Report of the veterinary officer investigating camel disease
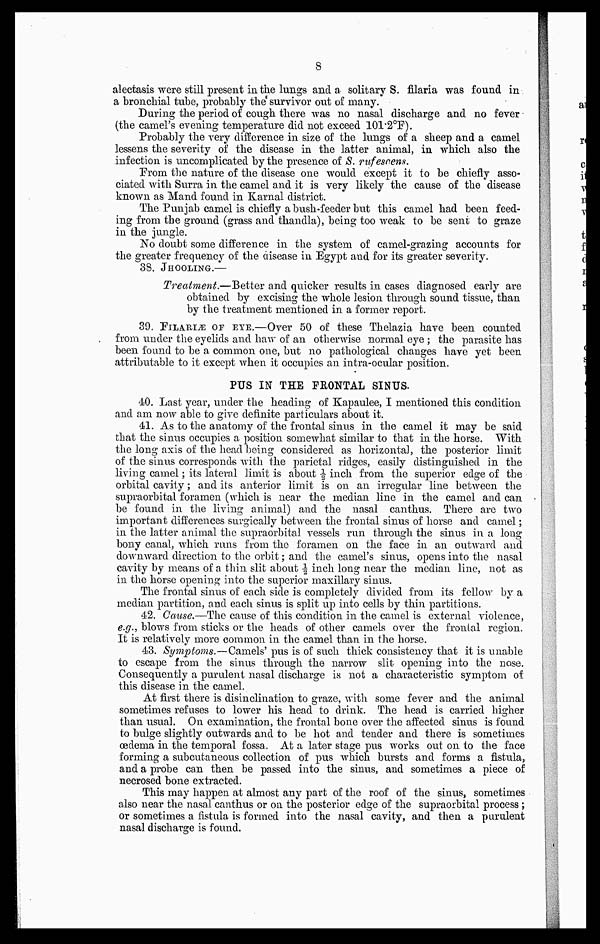
8
alectasis were still present in the lungs and a solitary S. filaria was found in
a bronchial tube, probably the survivor out of many.
During the period of cough there was no nasal discharge and no fever
(the camel's evening temperature did not exceed 101.2°F).
Probably the very difference in size of the lungs of a sheep and a camel
lessens the severity of the disease in the latter animal, in which also the
infection is uncomplicated by the presence of S. rufescens.
Prom the nature of the disease one would except it to be chiefly asso-
ciated with Surra in the camel and it is very likely the cause of the disease
known as Mand found in Karnal district.
The Punjab camel is chiefly a bush-feeder but this camel had been feed-
ing from the ground (grass and thandla), being too weak to be sent to graze
in the jungle.
No doubt some difference in the system of camel-grazing accounts for
the greater frequency of the disease in Egypt and for its greater severity.
38. JHOOLING.—
Treatment.—Better and quicker results in cases diagnosed early are
obtained by excising the whole lesion through sound tissue, than
by the treatment mentioned in a former report.
39 FILARIÆ OF EYE.—Over 50 of these Thelazia have been counted
from under the eyelids and haw of an otherwise normal eye ; the parasite has
been found to be a common one, but no pathological changes have yet been
attributable to it except when it occupies an intra-ocular position.
PUS IN THE FRONTAL SINUS.
40. Last year, under the heading of Kapaulee, I mentioned this condition
and am now able to give definite particulars about it.
41. As to the anatomy of the frontal sinus in the camel it may be said
that the sinus occupies a position somewhat similar to that in the horse. With
the long axis of the head being considered as horizontal, the posterior limit
of the sinus corresponds with the parietal ridges, easily distinguished in the
living camel ; its lateral limit is about ½ inch from the superior edge of the
orbital cavity ; and its anterior limit is on an irregular line between the
supraorbital foramen (which is near the median line in the camel and can
be found in the living animal) and the nasal canthus. There are two
important differences surgically between the frontal sinus of horse and camel ;
in the latter animal the supraorbital vessels run through the sinus in a long
bony canal, which runs from the foramen on the face in an outward and
downward direction to the orbit ; and the camel's sinus, opens into the nasal
cavity by means of a thin slit about ½ inch long near the median line, not as
in the horse opening into the superior maxillary sinus.
The frontal sinus of each side is completely divided from its fellow by a
median partition, and each sinus is split up into cells by thin partitions.
42. Cause.—The cause of this condition in the camel is external violence,
e.g., blows from sticks or the heads of other camels over the frontal region.
It is relatively more common in the camel than in the horse.
43. Symptoms.—Camels' pus is of such thick consistency that it is unable
to escape from the sinus through the narrow slit opening into the nose.
Consequently a purulent nasal discharge is not a characteristic symptom of
this disease in the camel.
At first there is disinclination to graze, with some fever and the animal
sometimes refuses to lower his head to drink. The head is carried higher
than usual. On examination, the frontal bone over the affected sinus is found
to bulge slightly outwards and to be hot and tender and there is sometimes
oedema in the temporal fossa. At a later stage pus works out on to the face
forming a subcutaneous collection of pus which bursts and forms a fistula,
and a probe can then be passed into the sinus, and sometimes a piece of
necrosed bone extracted.
This may happen at almost any part of the roof of the sinus, sometimes
also near the nasal canthus or on the posterior edge of the supraorbital process ;
or sometimes a fistula is formed into the nasal cavity, and then a purulent
nasal discharge is found.